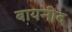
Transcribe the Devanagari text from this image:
बायनीद